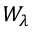
W _ { \lambda }